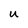
Character: u